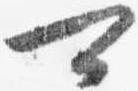
可